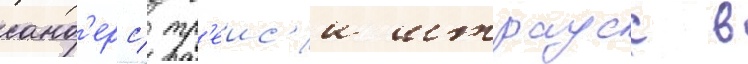
санд'ерс/ тр'еис'и штраусс в